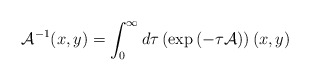
\begin{align*}{\cal A}^{-1}(x,y)=\int_{0}^{\infty}d\tau\left(\exp\left(-\tau {\cal A}\right)\right)(x,y)\end{align*}